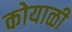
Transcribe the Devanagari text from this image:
कोयाळी